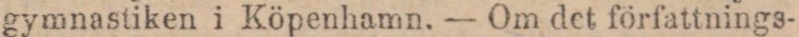
gymnastiken i Köpenhamn. — Om det författnings-